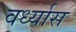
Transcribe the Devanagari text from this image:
वर्ध्यास